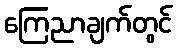
ကြေညာချက်တွင်